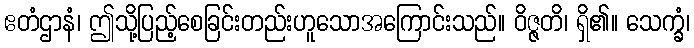
ဧတံဌာနံ၊ ဤသို့ပြည့်စေခြင်းတည်းဟူသောအကြောင်းသည်။ ဝိဇ္ဇတိ၊ ရှိ၏။ သေက္ခံ၊